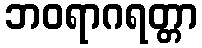
ဘဝရာဂရတ္တာ